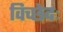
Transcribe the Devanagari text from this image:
विच्छेदः